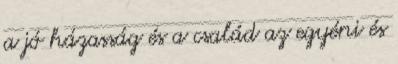
a jó házasság és a család az egyéni és